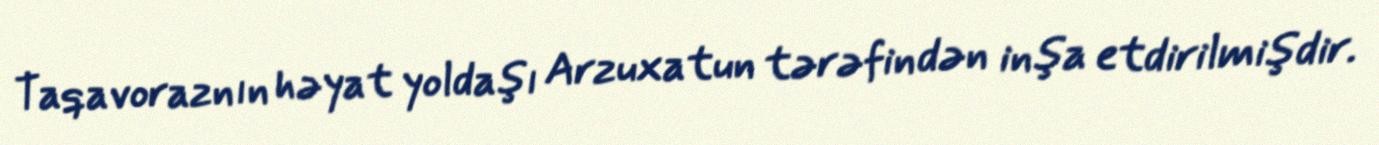
Taqavoraznın həyat yoldaşı Arzuxatun tərəfindən inşa etdirilmişdir.